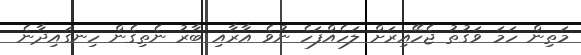
މަތިން ހަމަ ވަގުތު ޖެހޭއިރަށް ލަހެއްފަހެ ނުވެ އާރާއި ބާރު ނެތިގެން ހިނގައިދާނެ